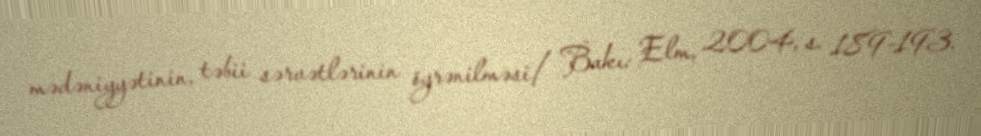
mədəniyyətinin, təbii sərvətlərinin öyrənilməsi/ Bakı: Elm, 2004, s. 189-193.